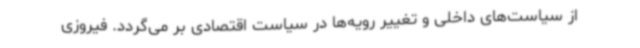
از سیاست‌های داخلی و تغییر رویه‌ها در سیاست اقتصادی بر می‌گردد. فیروزی